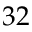
\boldsymbol { 3 2 }